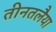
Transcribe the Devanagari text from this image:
तीनतलैया